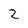
Character: 2